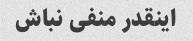
اینقدر منفی نباش